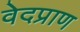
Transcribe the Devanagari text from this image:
वेदप्राण